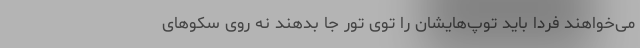
می‌خواهند فردا باید توپ‌هایشان را توی تور جا بدهند نه روی سکوهای